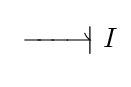
\;{\overset {\textstyle }{\underset {\textstyle }{-\!\!\!-\!\!\!-\!\!\!\rightharpoonup \!\!\!|}}}\ I